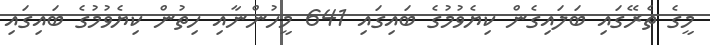
މީގެ ތެރޭގައި ބަލައިގެން ކިޔެވުމުގެ ބައިގައި 641 މީހުންނާއި ހިތުން ކިޔެވުމުގެ ބައިގައި